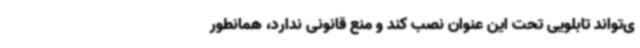
ی‌تواند تابلویی تحت این عنوان نصب کند و منع قانونی ندارد، همانطور